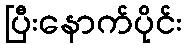
ပြီးနောက်ပိုင်း